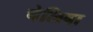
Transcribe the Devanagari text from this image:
चेलिबा